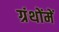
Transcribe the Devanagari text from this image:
ग्रंथोंमें